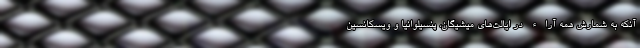
آنکه به شمارش همه آراء در ایالت‌های میشیگان، پنسیلوانیا و ویسکانسین